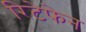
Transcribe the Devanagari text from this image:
रिटेफेन